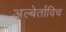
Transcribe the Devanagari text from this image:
अल्बेर्ताविच